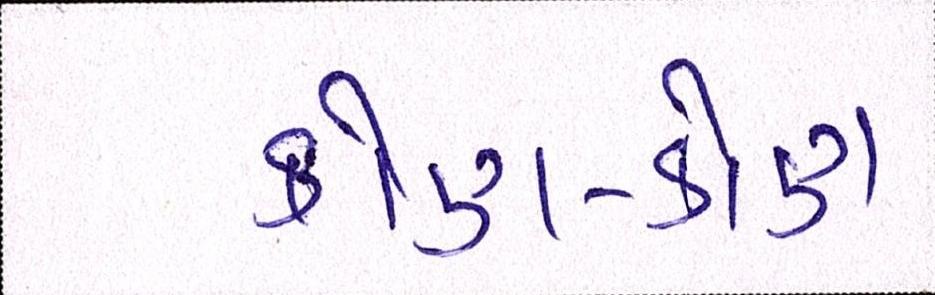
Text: કોણ-કોણ